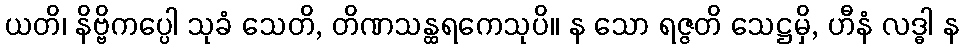
ယတိ၊ နိဗ္ဗိကပ္ပေါ သုခံ သေတိ, တိဏသန္ထရကေသုပိ။ န သော ရဇ္ဇတိ သေဋ္ဌမှိ, ဟီနံ လဒ္ဓါ န